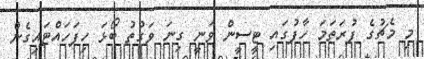
މި މެޗުގެ ފުރަތަމަ ހާފުގައި ޓީސީން ވަނީ ގިނަ ވަގުތު ބޯޅަ ހިފަހައްޓައިގެން